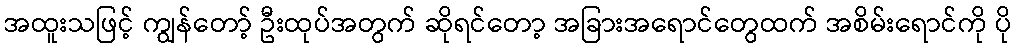
အထူးသဖြင့် ကျွန်တော့် ဦးထုပ်အတွက် ဆိုရင်တော့ အခြားအရောင်တွေထက် အစိမ်းရောင်ကို ပို